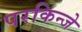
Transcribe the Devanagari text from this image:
परकिन्जे